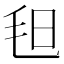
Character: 𣬰